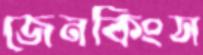
জেনকিংস